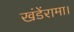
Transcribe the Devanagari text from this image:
खंडेंरामा।